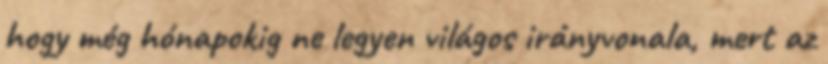
hogy még hónapokig ne legyen világos irányvonala, mert az